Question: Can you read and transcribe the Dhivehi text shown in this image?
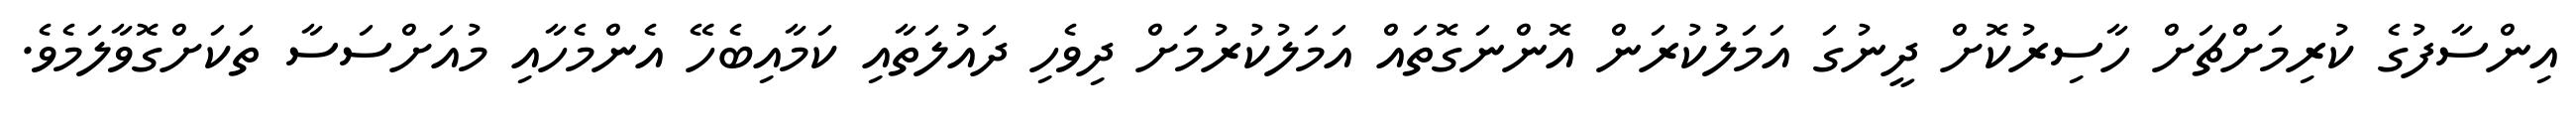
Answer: އިންސާފުގެ ކުރިމަށްޗަށް ހާސިރުކޮށް ދީނުގަ އަމަލުކުރަން އޮންނަގޮތައް އަމަލުކުރުމަށް ދިވެހި ދައުލަތާއި ކަމާއިބެހޭ އެންމެހާއި މުއަށްސަސާ ތަކަށްގޮވާލަމެވެ.